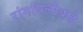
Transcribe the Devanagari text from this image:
रांगांपलीकडे